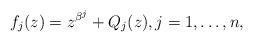
LaTeX: \begin{align*}f_j(z)=z^{\beta^j}+Q_j(z),j=1,\ldots,n,\end{align*}